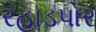
રહાડપોર